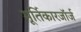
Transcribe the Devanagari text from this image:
मूर्तिकारजॉर्ज